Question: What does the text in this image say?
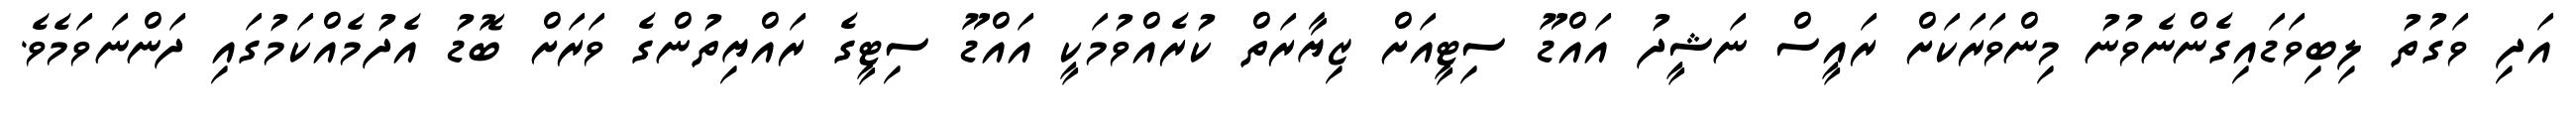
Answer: އަދި ވަގުތު ލިބިވަޑައިގެންނެވުނު މިންވަރަކަށް ރައީސް ނަޝީދު އައްޑޫ ސިޓީއަށް ޒިޔާރަތް ކުރެއްވުމަކީ އައްޑޫ ސިޓީގެ ރައްޔިތުންގެ ވަރަށް ބޮޑު އެދުމެއްކަމުގައި ދަންނަވަމެވެ.